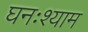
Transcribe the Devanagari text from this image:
घनःश्याम